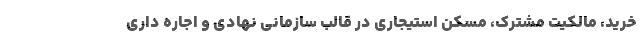
خرید، مالکیت مشترک، مسکن استیجاری در قالب سازمانی نهادی و اجاره داری